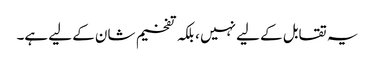
یہ تقابل کے لیے نہیں ، بلکہ تفخیم شان کے لیے ہے۔